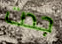
جدت